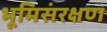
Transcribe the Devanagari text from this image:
भूमिसंरक्षण